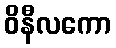
ဝိနီလကော